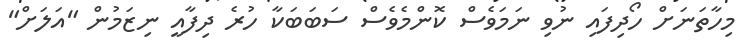
މިހާތަނަށް ހޯދިފައި ނުވި ނަމަވެސް ކޮންމެވެސް ސަބަބަކާ ހުރެ ދިފާއީ ނިޒަމުން "އަލަށް"